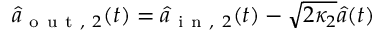
\hat { a } _ { \mathrm { ~ o ~ u ~ t ~ , ~ } 2 } ( t ) = \hat { a } _ { \mathrm { ~ i ~ n ~ , ~ } 2 } ( t ) - \sqrt { 2 \kappa _ { 2 } } \hat { a } ( t )